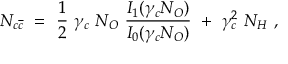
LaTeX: N _ { c \overline { { { c } } } } ~ = ~ \frac { 1 } { 2 } ~ \gamma _ { c } ~ N _ { O } ~ \frac { I _ { 1 } ( \gamma _ { c } N _ { O } ) } { I _ { 0 } ( \gamma _ { c } N _ { O } ) } ~ + ~ \gamma _ { c } ^ { 2 } ~ N _ { H } ~ ,